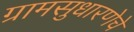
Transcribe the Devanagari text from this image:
ग्रामसुधारणेचे